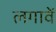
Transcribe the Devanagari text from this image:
लगावें